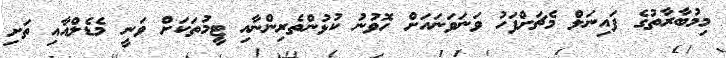
މިމުބާރާތުގެ ފައިނަލް މެޗަށްފަހު ވަނަވަނައަށް ހޮވުނު ކުޅުންތެރިންނާއި ޓީމުތަކަށް ވަނީ މެޑެލްއާއި ތަށި